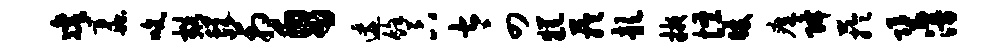
凛蠡吮豁蜕箱帛逶余卞太四糕芋歆掖怪暖瘴降芋堕漫